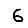
Digit: 6